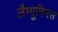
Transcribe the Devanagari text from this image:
लैग्यूमिनस